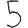
Digit: 5